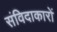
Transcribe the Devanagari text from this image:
संविदाकारों